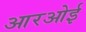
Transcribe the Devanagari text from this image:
आरओई